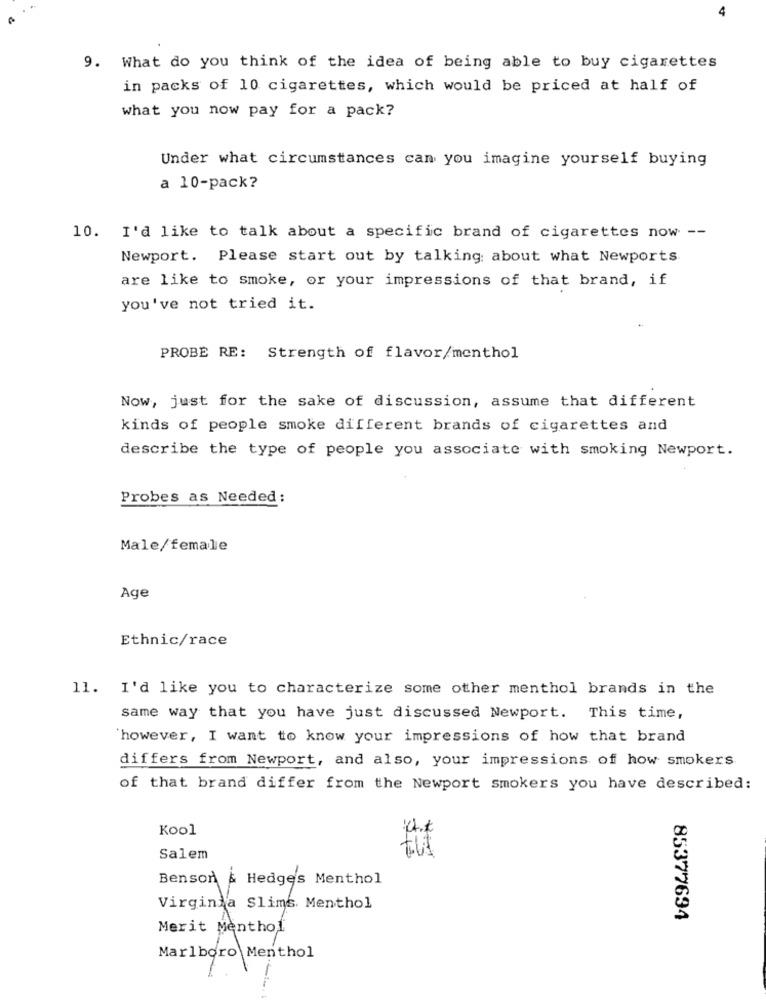
4
9. What do you think of the idea of being able to buy cigarettes
in packs of 10 cigarettes, which would be priced at half of
what you now pay for a pack?
Under what circumstances can you imagine yourself buying
a 10-pack?
10. I'd like to talk about a specific brand of cigarettes now --
Newport. Please start out by talking about what Newports
are like to smoke, or your impressions of that brand, if
you've not tried it.
PROBE RE: Strength of flavor/menthol
Now, just for the sake of discussion, assume that different
kinds of people smoke different brands of cigarettes and
describe the type of people you associate with smoking Newport.
Probes as Needed :
Male/female
Age
Ethnic/race
11. I'd like you to characterize some other menthol brands in the
same way that you have just discussed Newport. This time,
'however, I want to know your impressions of how that brand
differs from Newport, and also, your impressions of how smokers
of that brand differ from the Newport smokers you have described:
Kool
Salem
Benson & Hedges Menthol
Virginia Slims. Menthol
85377694
Marlboro Menthol